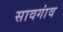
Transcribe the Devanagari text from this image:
सावगांव